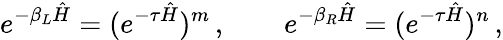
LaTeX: e^{-\beta_{L}\hat{H}}=(e^{-\tau\hat{H}})^{m}\, ,\qquad e^{-\beta_{R}\hat{H}}=(e^{-\tau\hat{H}})^{n}\, ,